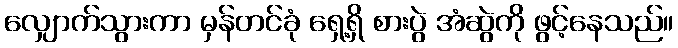
လျှောက်သွားကာ မှန်တင်ခုံ ရှေ့ရှိ စားပွဲ အံဆွဲကို ဖွင့်နေသည်။